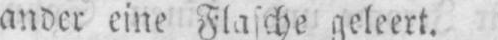
ander eine Flasche geleert.